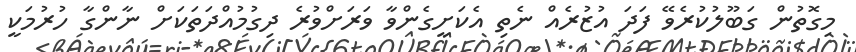
މިގޮތުން ގަބޫލުކުރެވޭ ފަދަ އުޒުރެއް ނެތި އެކަށީގެންވާ ވަރަށްވުރެ ދިގުމުއްދަތަކަށް ނާންގާ ހުރުމަކީ